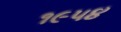
૧૯૫૪